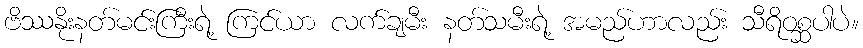
ဗိဿနိုးနတ်မင်းကြီးရဲ့ ကြင်ယာ လက်ချမီး နတ်သမီးရဲ့ အမည်ဟာလည်း သီရိဝစ္ဆပါပဲ။